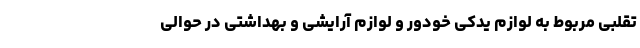
تقلبی مربوط به لوازم یدکی خودور و لوازم آرایشی و بهداشتی در حوالی